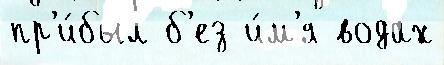
пр'и́был б'ез и́м'я водах